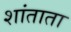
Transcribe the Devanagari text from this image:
शांताता